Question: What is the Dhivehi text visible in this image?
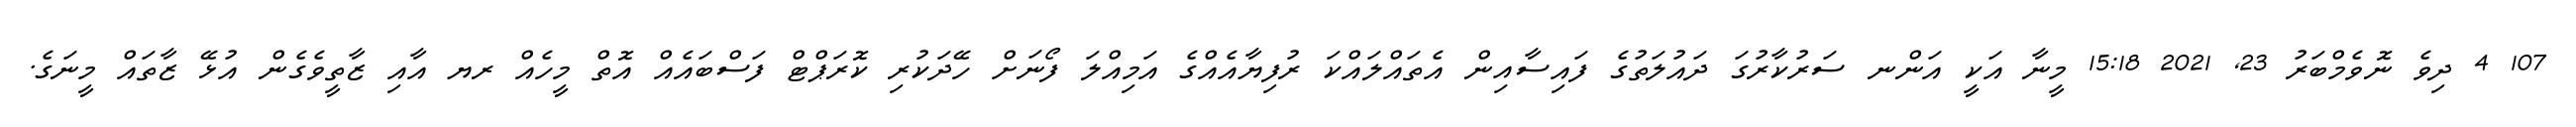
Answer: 107 4 ދިވެ ނޮވެމްބަރު 23, 2021 15:18 މީނާ އަކީ އަންނ ސަރުކާރުގަ ދައުލަތުގެ ފައިސާއިން އެތައްލައްކަ ރުފިޔާއެއްގެ އަމިއްލަ ފޯނަށް ހޭދަކުރި ކޮރަޕްޓް ފަސްބައެއް އޮތް މީހެއް ރޔ އާއި ޒާތީވެގެން އުޅޭ ޒާތައް މީނަގެ.